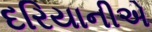
દરિયાનીએ